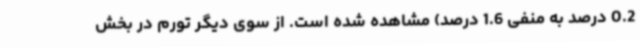
0.2 درصد به منفی 1.6 درصد) مشاهده شده است. از سوی دیگر تورم در بخش